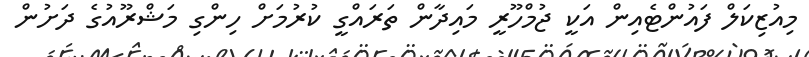
މިއުޒިކަލް ފައުންޓެއިން އަކީ ޖުމްހޫރީ މައިދާން ތަރައްގީ ކުރުމަށް ހިންގި މަޝްރޫއުގެ ދަށުން